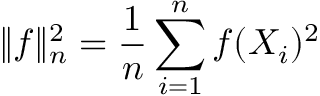
\| { f } \| _ { n } ^ { 2 } = \frac 1 n \sum _ { i = 1 } ^ { n } f ( X _ { i } ) ^ { 2 }